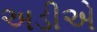
અડીએ